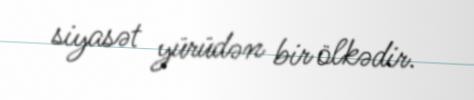
siyasət yürüdən bir ölkədir.